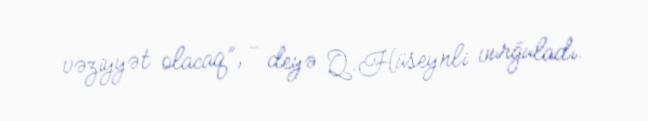
vəziyyət olacaq”, - deyə Q.Hüseynli vurğuladı.